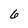
Character: 6